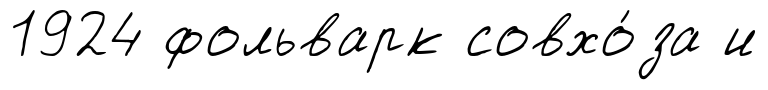
1924 фольварк совхо́за и